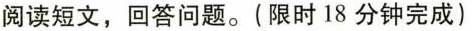
阅读短文，回答问题。(限时18分钟完成)